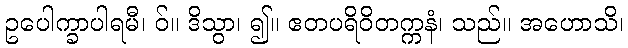
ဥပေါက္ခာပါရမီ၊ ဝ်။ ဒိသွာ၊ ၍။ ဧတပရိဝိတက္ကနံ၊ သည်။ အဟောသိ၊